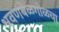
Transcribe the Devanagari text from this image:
श्रवणबेळगोळचा